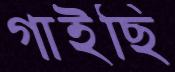
গাইছি